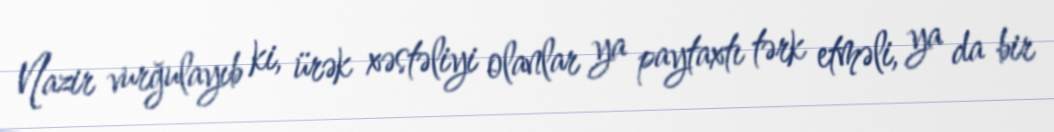
Nazir vurğulayıb ki, ürək xəstəliyi olanlar ya paytaxtı tərk etməli, ya da bir